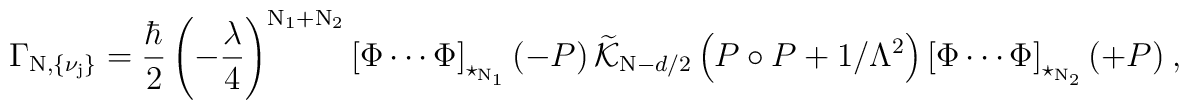
\Gamma_{\rm N, \{ \nu_j \} } = \frac{\hbar}{2} \left( - \frac{\lambda}{4} \right)^{\rm N_1 + N_2 } \left[\Phi \cdots\Phi \right]_{\star_{\rm N_1}} \left( - P \right) \widetilde{{\cal K}}_{{\rm N}- d/2} \left( P \circ P  + 1/ \Lambda^2  \right)  \left[ \Phi \cdots\Phi \right]_{\star_{\rm N_2}} (+ P )  ~ ,